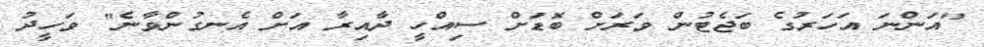
"އަންނަ އަހަރުގެ ބަޖެޓުން ވަރަށް ބޮޑަށް ސިއްހީ ދާއިރާ އަށް އެނގުންވާނެ" ވަހީދު